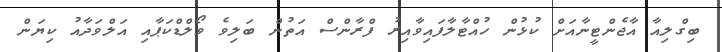
ބިގްލިއާ އާޖެންޓީނާއަށް ކުޅުން ހުއްޓާލާފައިވާއިރު ފްރާންސް އަތުން ބަލިވެ ވޯލްޑްކަޕާއި އަލްވަދާއު ކިޔަން